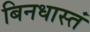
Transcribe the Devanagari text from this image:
बिनधास्तं